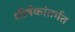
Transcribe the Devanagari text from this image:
शीर्षकांतर्गत